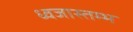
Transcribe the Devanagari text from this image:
ध्वजास्तम्भ